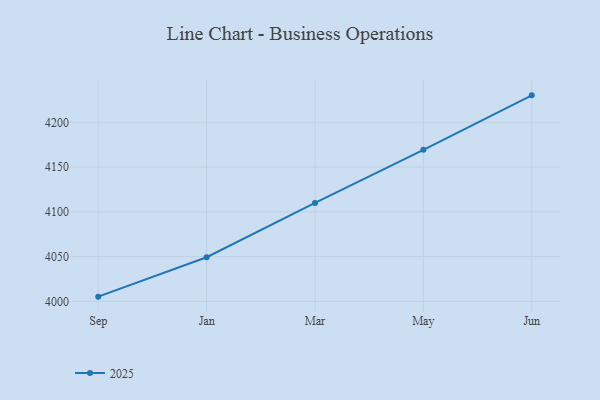
{"axis": {"x": "Month", "y": "Production Output"}, "legend": ["2025"], "data": [{"x": "Sep", "y": 4005.3, "type": "2025"}, {"x": "Jan", "y": 4049.3, "type": "2025"}, {"x": "Mar", "y": 4109.9, "type": "2025"}, {"x": "May", "y": 4169.3, "type": "2025"}, {"x": "Jun", "y": 4230.1, "type": "2025"}]}